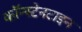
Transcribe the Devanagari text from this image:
कॉन्स्टेनटाइन